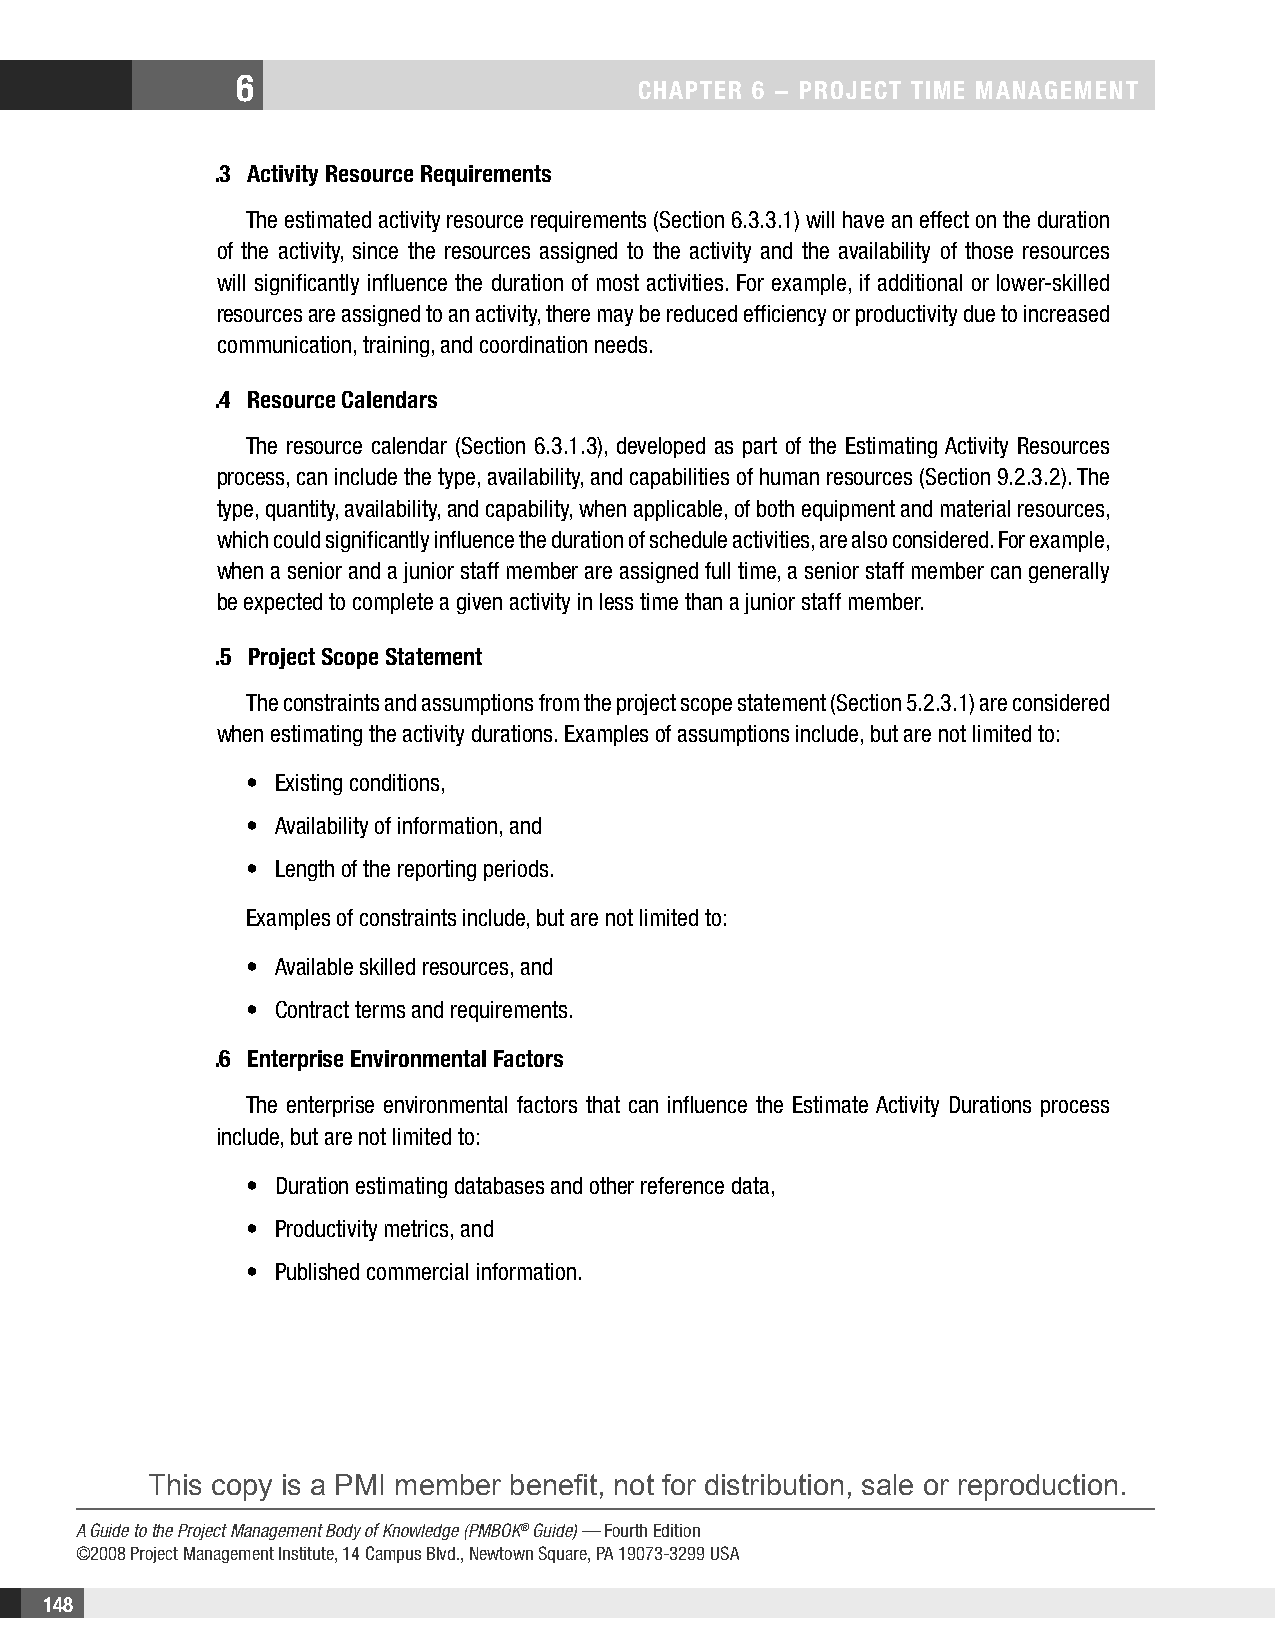
6
 CHAPTER 6 − PRojECT TimE mAnAgEmEnT
 .3 Activity Resource Requirements
 The estimated activity resource requirements (Section 6.3.3.1) will have an effect on the duration
 of the activity, since the resources assigned to the activity and the availability of those resources
 will significantly influence the duration of most activities. For example, if additional or lower-skilled
 resources are assigned to an activity, there may be reduced efficiency or productivity due to increased
 communication, training, and coordination needs.
 .4 Resource Calendars
 The resource calendar (Section 6.3.1.3), developed as part of the Estimating Activity Resources
 process, can include the type, availability, and capabilities of human resources (Section 9.2.3.2). The
 type, quantity, availability, and capability, when applicable, of both equipment and material resources,
 which could significantly influence the duration of schedule activities, are also considered. For example,
 when a senior and a junior staff member are assigned full time, a senior staff member can generally
 be expected to complete a given activity in less time than a junior staff member.
 .5 Project Scope Statement
 The constraints and assumptions from the project scope statement (Section 5.2.3.1) are considered
 when estimating the activity durations. Examples of assumptions include, but are not limited to:
 • Existing conditions,
 • Availability of information, and
 • Length of the reporting periods.
 Examples of constraints include, but are not limited to:
 • Available skilled resources, and
 • Contract terms and requirements.
 .6 Enterprise Environmental Factors
 The enterprise environmental factors that can influence the Estimate Activity Durations process
 include, but are not limited to:
 • Duration estimating databases and other reference data,
 • Productivity metrics, and
 • Published commercial information.
 This copy is a PMI member benefit, not for distribution, sale or reproduction.
 A Guide to the Project Management Body of Knowledge (PMBOK® Guide) — Fourth Edition
 ©2008 Project Management Institute, 14 Campus Blvd., Newtown Square, PA 19073-3299 USA
 148